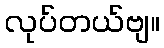
လုပ်တယ်ဗျ။